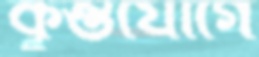
কুম্ভযোগে